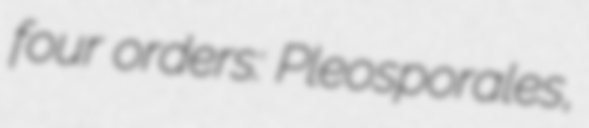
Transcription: four orders: Pleosporales,